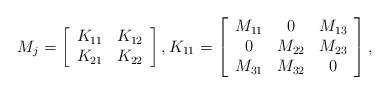
LaTeX: \begin{align*}M_j=\left[\begin{array}{ccccc}K_{11}&K_{12}\\K_{21}&K_{22}\end{array}\right],K_{11}=\left[\begin{array}{ccccc}M_{11}&0&M_{13}\\0&M_{22}&M_{23}\\M_{31}&M_{32}&0\end{array}\right],\end{align*}